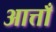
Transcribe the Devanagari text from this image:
आत्ताँ